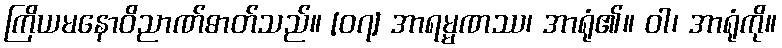
ကြိယမနောဝိညာဏ်ဓာတ်သည်။ [၀၇] အာရမ္မဏဿ၊ အာရုံ၏။ ဝါ၊ အာရုံကို။